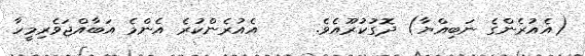
(އެއުރެންގެ ނަބިއްޔާ) ދޮގުކުރޫއެވެ.     އެއުރެންކުރެ އެންމެ އަބާއްޖަވެރިމީހާ